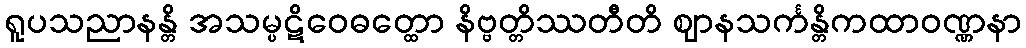
ရူပသညာနန္တိ အသမ္ပဋိဝေဓတ္ထော နိဗ္ဗတ္တိဿတီတိ ဈာနသင်္ကန္တိကထာဝဏ္ဏနာ